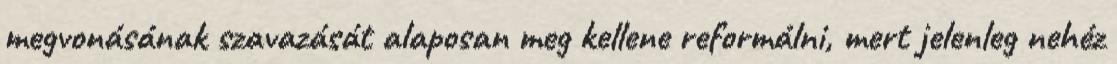
megvonásának szavazását alaposan meg kellene reformálni, mert jelenleg nehéz